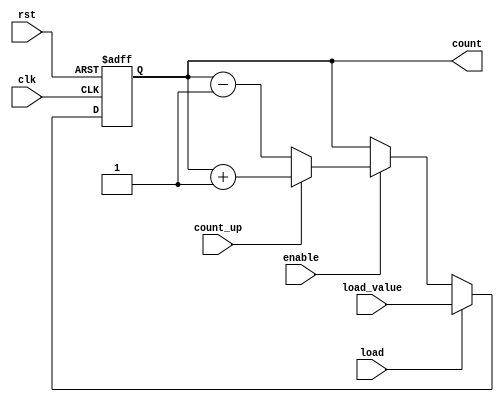
module synchronous_counter (
    input wire clk,          // Clock input
    input wire rst,          // Active-high reset
    input wire enable,       // Enable signal
    input wire count_up,     // Count up control signal
    input wire load,         // Load enable signal
    input wire [N-1:0] load_value, // Value to load
    output reg [N-1:0] count // Current count output
);
    parameter N = 4; // Default bit width (can be changed as needed)

    // Synchronous logic
    always @(posedge clk or posedge rst) begin
        if (rst) begin
            count <= 0; // Reset to zero
        end else if (load) begin
            count <= load_value; // Load specified value
        end else if (enable) begin
            if (count_up) begin
                count <= count + 1; // Count up
            end else begin
                count <= count - 1; // Count down
            end
        end // else retain current count
    end

endmodule